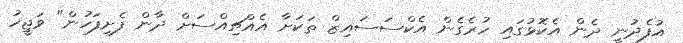
އުފެދުނީ ދެން އެކޮޅުގައި ހުރެގެން އެކްސަސައިޒް ތަކަށާ އެއްޗިއްސަށް ދާން ފެށިފަހުން" ވަޖީހު